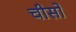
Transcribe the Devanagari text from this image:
चीसो